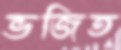
ভজিত